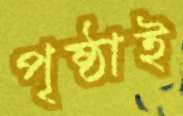
পৃষ্ঠাই